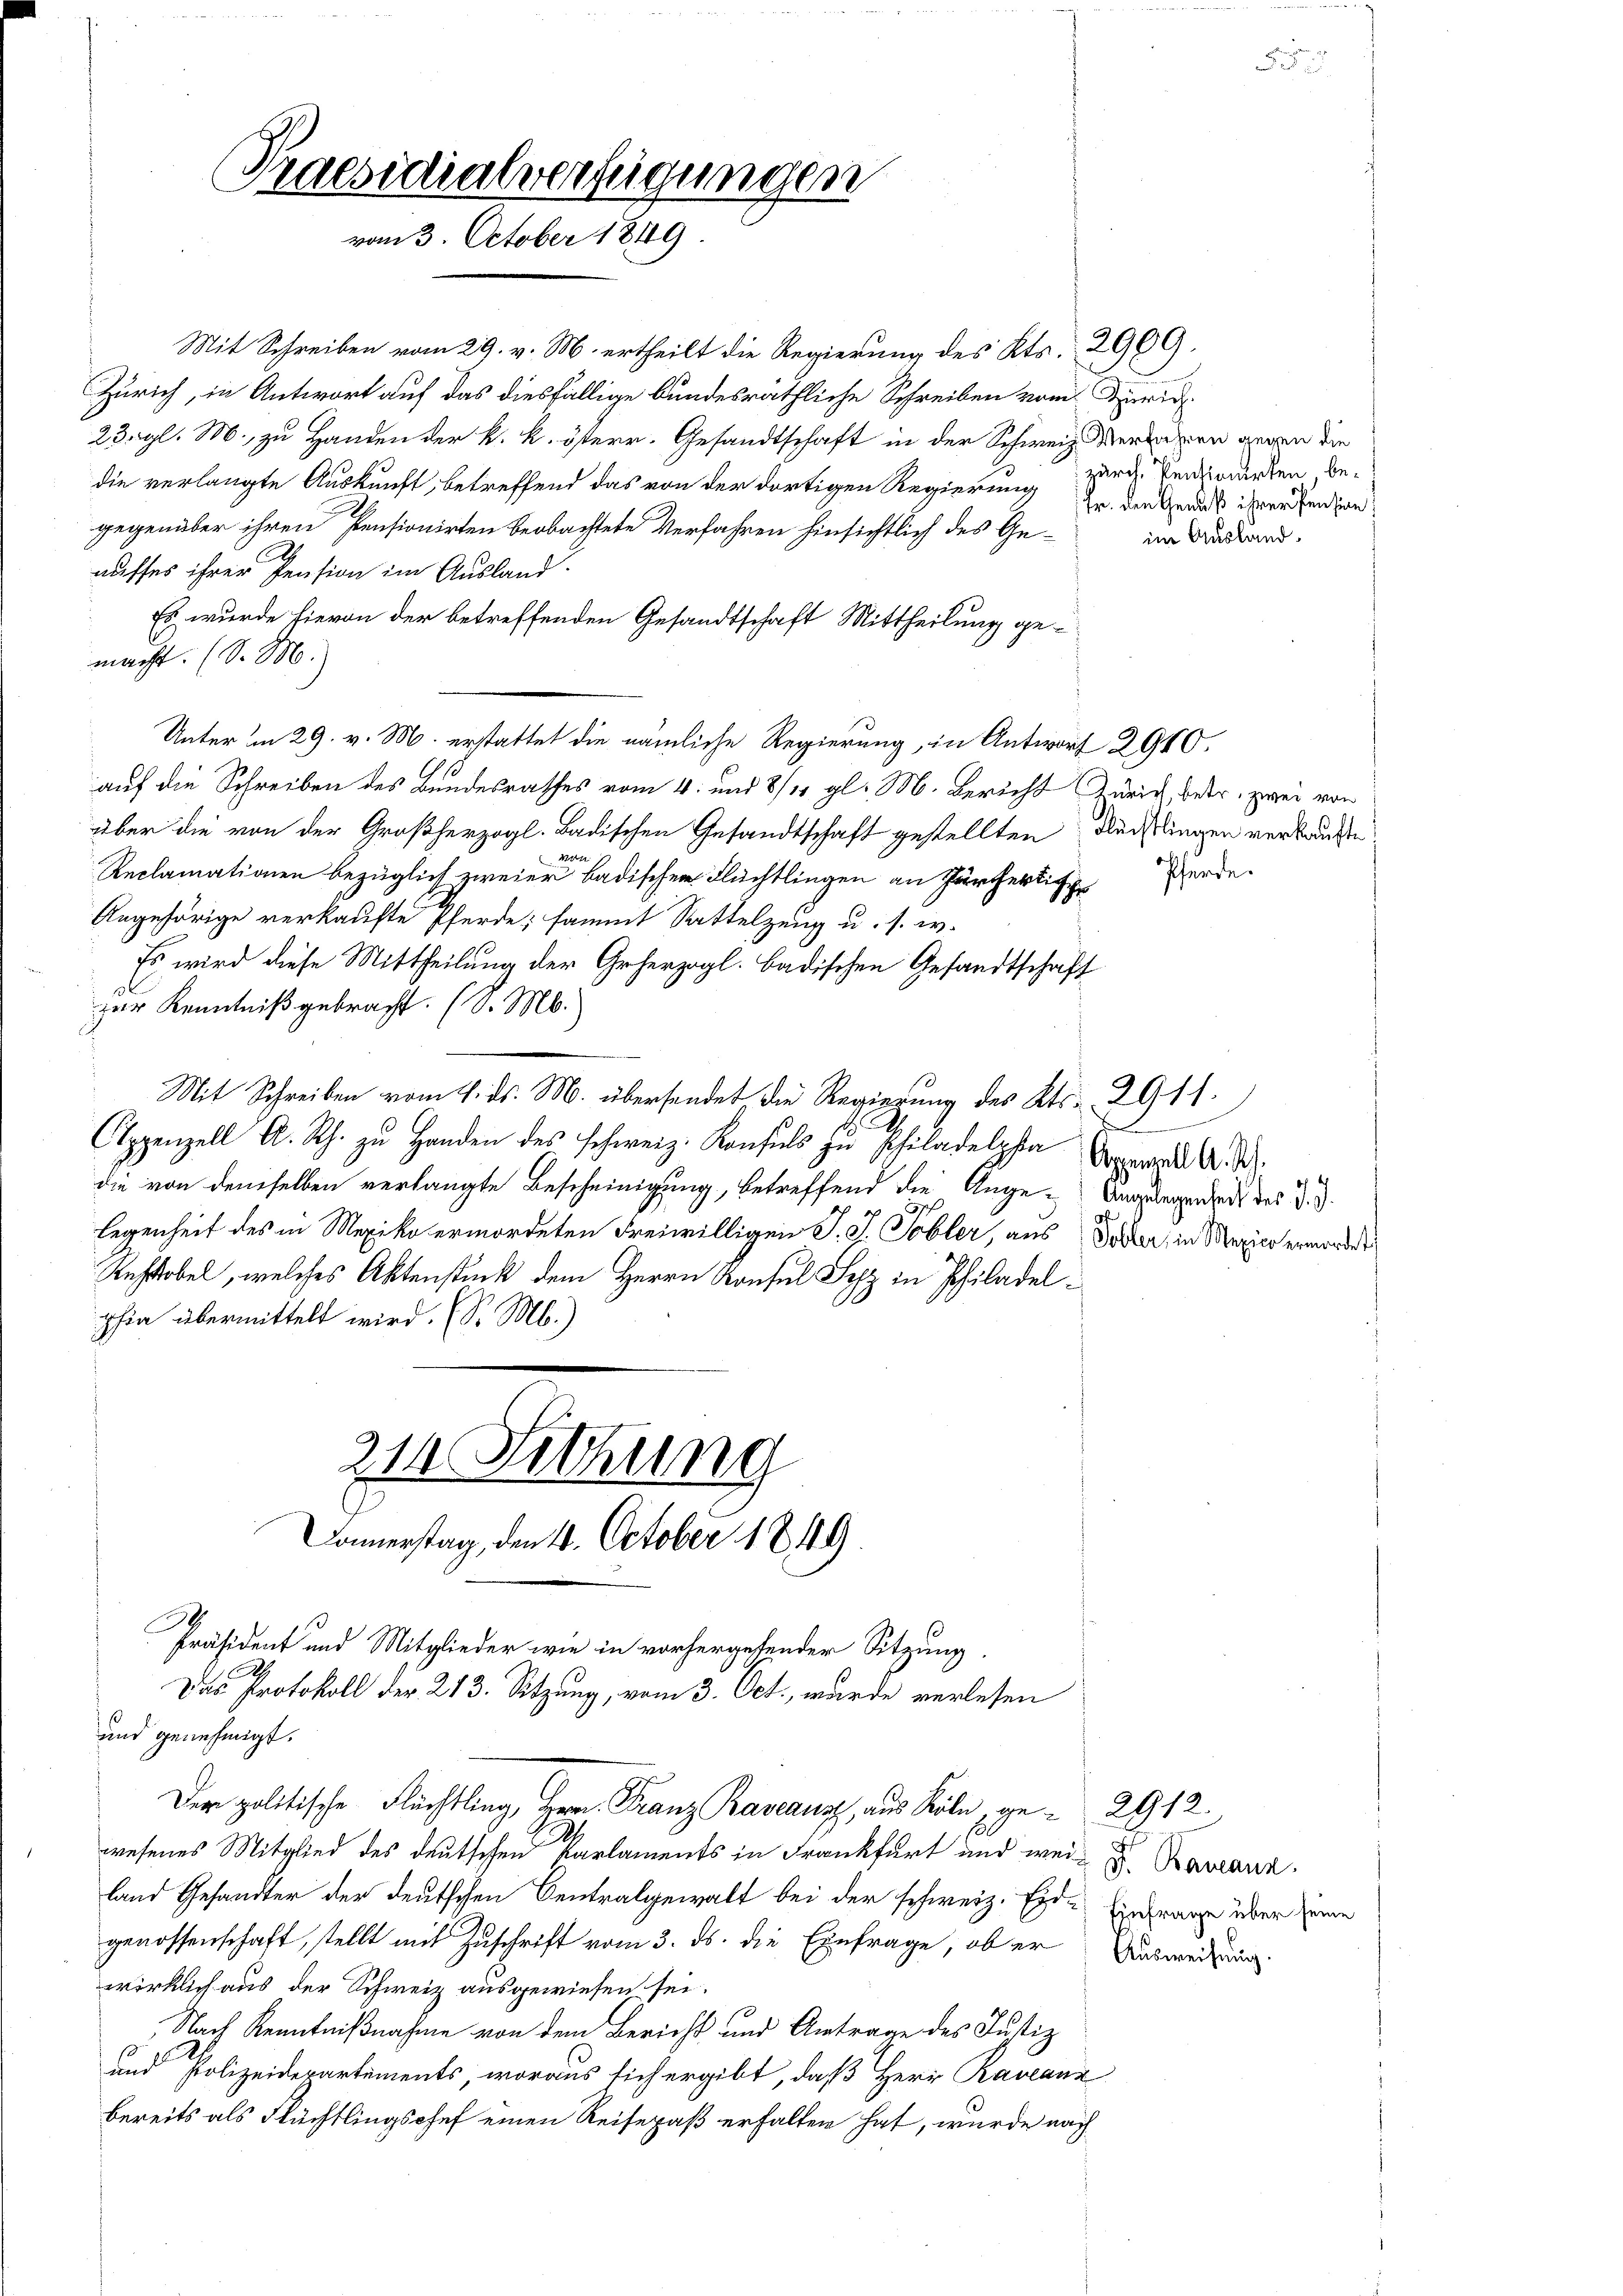
Praesidialverfügungen
vom 3. October 1849

Mit Schreiben vom 29. v. M. ertheilt die Regierung des Kts. 2909.
Zürich, in Antwort auf das diesfällige bundesräthliche Schreiben vom Jurid
23. gl. M. zu Handen der k. k. österr. Gesandtschaft in der Schweiz. Verdenen gegen die
die verlangte Auskunft, betreffend das von der dortigen Regierung
gegenüber ihren Pensionirten beobachtete Verfahren hinsichtlich des Geauffes ihrer Pension im Ausland.
Es wurde hievon der betreffenden Gesandtschaft Mittheilung gemacht. (S. M.
Unter in 29. v. M. erstattet die nämliche Regierung, in Antwort 2910.
auf die Schreiben des Bundesrathes vom 4. und 8/11 gl. M. Bericht Zürich, betr. zwei von
über die von der Großherzogl. Badischen Gesandtschaft gestellten Nächtlingen verkauften
1284
Reclamationen bezüglich zweier badischen Flüchtlingen an Zürcherlic
Angehörige verkaufte Pferde; sammt Sattelzeug u. s. w.
Es wird diese Mittheilung der Geherzogl. badischen Gesandtschaft
l
zur Kenntniß gebracht. (S. M.
Mit Schreiben vom 4. ds. M. übersendet die Regierung des Kts. 2911.
.
s
Appenzell A. Rh. zu Handen des schweiz. Konsuls zu Philadelpha Appard A. M.
die von demselben verlangte Bescheinigung, betreffend die Ange-Angelegenheit des d. J.
37
legenheit des in Mexiko ermordeten Freiwilligen J. J. Tobler, aus Koller, in Mexico ermorden
Rechtobel, welches Aktenstück dem Herrn Konsul Syz in Philadelphia übermittelt wird. (S. M.)
21. Sitzung
Donnerstag, den 4. October 1849
E
Präsident und Mitglieder wie in vorhergehender Sitzung.
Das Protokoll der 213. Sitzung, vom 3. Oct., wurde verlesen
und genehmigt.
Der politische Flüchtling, Herr Franz Baveausz aus Köln, ge- 2912.
wesenes Mitglied des deutschen Karlaments in Frankfurt und wei- Kavann
land Gesandter der deutschen Centralgewalt bei der schweiz. Eide Einfrage über seine
genossenschaft, stellt mit Zuschrift vom 3. ds. die Einfrage, ob er Ausweisung
wirklich aus der Schweiz ausgewiesen sei.
Nach Kenntnißnahme von dem Bericht und Antrage des Justiz
und Polizeidepartements, woraus sich ergibt, daß Herr Raveanz
bereits als Flüchtlingschef einen Reisepaß erhalten hat, wurde nach

zürch. Pensionirten be¬
Fr. den Genuß ihrer Pension,
im Ausland.

Pferde.

d